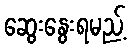
ဆွေးနွေးရမည့်